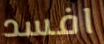
افسد